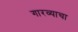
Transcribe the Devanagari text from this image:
गारव्याचा